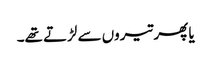
یا پھر تیروں سے لڑتے تھے۔